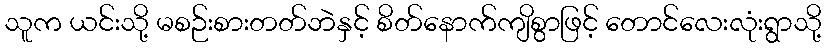
သူက ယင်းသို့ မစဉ်းစားတတ်ဘဲနှင့် စိတ်နောက်ကျိစွာဖြင့် တောင်လေးလုံးရွာသို့